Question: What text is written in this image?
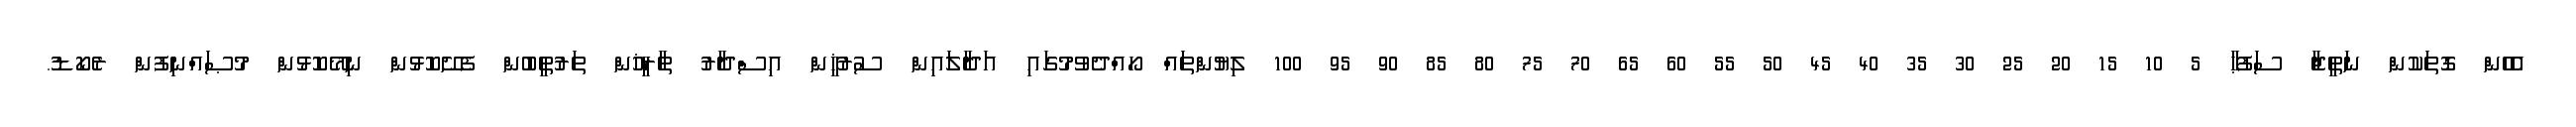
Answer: އެހެން ގޮތަކުން ނަތީޖާ ސަފުޙާ 5 10 15 20 25 30 35 40 45 50 55 60 65 70 75 80 85 90 95 100 ލިޔުންތައް ހޯއްދެވުމުގައި އަދާލައިން ސުރުޚީން އިސްދާރު ތާރީޚުން ތަރުތީބުން ފެށޭކޮޅުން ނިމޭކޮޅުން މުޞައްނިފުން ރެކޯޑު.